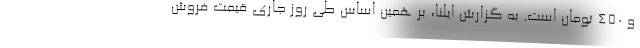
و ۴۵۰ تومان است. به گزارش ایلنا، بر همین‌ اساس طی روز جاری قیمت فروش